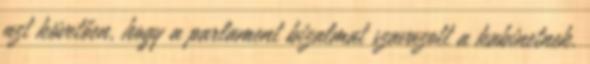
azt követően, hogy a parlament bizalmat szavazott a kabinetnek.